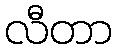
လီတာ